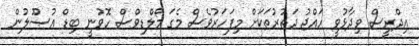
އިދްރީސް ވިދާޅުވީ ހައްޖު ދަތުރުތަކަށް މިފަހަރުވެސް މެގަ މޯލްޑިވްސް ހޮވުނީ ބިޑް އުޞޫލުން